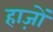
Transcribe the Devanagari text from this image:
हाज़ों